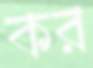
কর